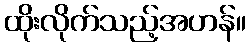
ထိုးလိုက်သည့်အဟန်။